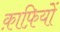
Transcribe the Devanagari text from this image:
क़ाफ़ियों